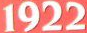
1922